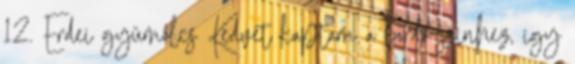
12. Erdei gyümölcs Kedvet kaptam a bordó színhez, így